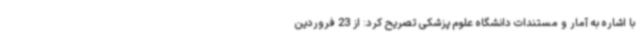
با اشاره به آمار و مستندات دانشگاه علوم پزشکی تصریح کرد: از 23 فروردین